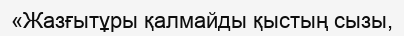
«Жазғытұры қалмайды қыстың сызы,